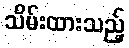
သိမ်းထားသည့်